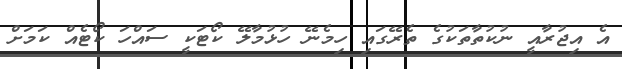
އެ އިޖުރާއީ ނުކުތާތަކުގެ ތެރޭގައި ހިމެނޭ ހުޅުމާލޭ ކޯޓަކީ ސައްހަ ކޯޓެއް ކަމަށް